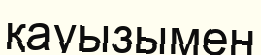
қауызымен